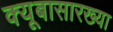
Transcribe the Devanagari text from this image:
क्यूबासारख्या